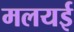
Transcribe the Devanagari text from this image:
मलयई